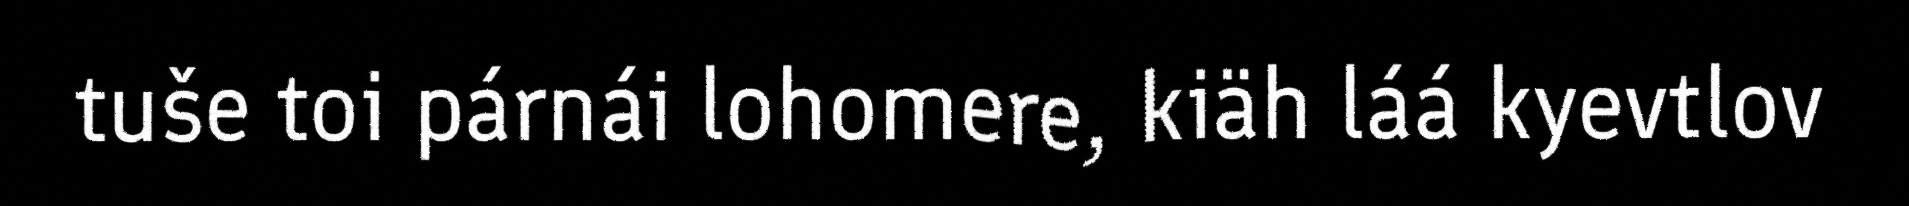
tuše toi párnái lohomere, kiäh láá kyevtlov